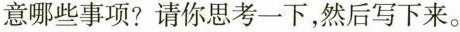
意哪些事项?请你思考一下，然后写下来。